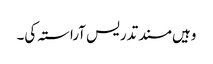
وہیں مسند تدریس آراستہ کی۔